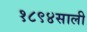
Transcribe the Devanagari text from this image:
१८९४साली